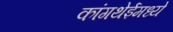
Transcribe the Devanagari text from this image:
कांगथेईमध्ये